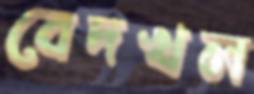
বেদখল